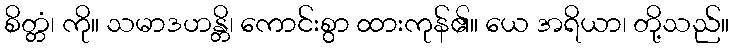
စိတ္တံ၊ ကို။ သမာဒဟန္တိ၊ ကောင်းစွာ ထားကုန်၏။ ယေ အရိယာ၊ တို့သည်။